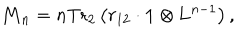
LaTeX: \mathrm { { \bf M } } _ { n } = n \mathrm { T r } _ { 2 } \left( r _ { 1 2 } \cdot \mathrm { { \bf 1 } } \otimes \mathrm { { \bf L } } ^ { n - 1 } \right) ,